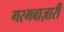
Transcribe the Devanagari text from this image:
गरमबाज़ारी